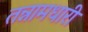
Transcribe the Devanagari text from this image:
तन्नामधारी